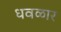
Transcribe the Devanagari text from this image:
धवळार